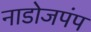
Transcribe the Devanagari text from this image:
नाडोजपंप